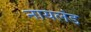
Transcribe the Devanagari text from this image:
नायलंड